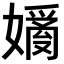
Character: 𡡗